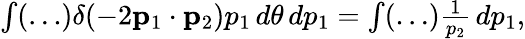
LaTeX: \begin{array}{r}{\int(\ldots)\delta(-2{\mathbf p}_{1}\cdot{\mathbf p}_{2})p_{1}\, d\theta\, dp_{1}=\int(\ldots)\frac{1}{p_{2}}\, dp_{1},}\end{array}